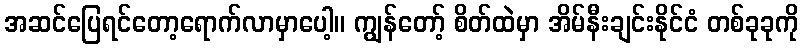
အဆင်ပြေရင်တော့ရောက်လာမှာပေါ့။ ကျွန်တော့် စိတ်ထဲမှာ အိမ်နီးချင်းနိုင်ငံ တစ်ခုခုကို